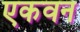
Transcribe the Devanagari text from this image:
एकवन